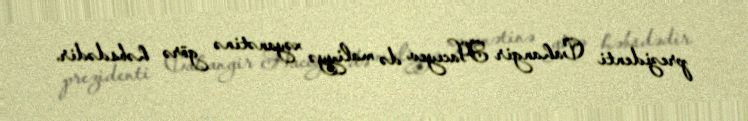
prezidenti Cahangir Hacıyev də maliyyə xəyanətinə görə həbsdədir.